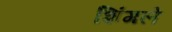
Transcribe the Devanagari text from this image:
शिंगले